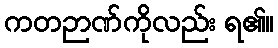
ကတဉာဏ်ကိုလည်း ရ၏။